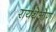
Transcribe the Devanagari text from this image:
रायथेओण